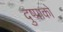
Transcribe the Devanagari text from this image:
दुष्प्राको